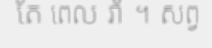
តែ ពេល រាំ ។ សព្វ